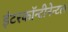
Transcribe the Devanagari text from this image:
इंटरकॉन्टीनेन्टल